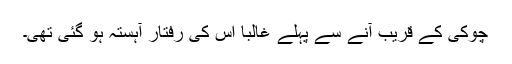
چوکی کے قریب آنے سے پہلے غالباً اس کی رفتار آہستہ ہو گئی تھی۔